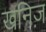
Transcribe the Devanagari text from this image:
खनिज़